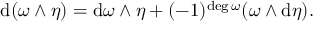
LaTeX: \mathrm { d } ( \omega \wedge \eta ) = \mathrm { d } \omega \wedge \eta + ( - 1 ) ^ { \mathrm { { d e g \, } } \omega } ( \omega \wedge \mathrm { d } \eta ) .